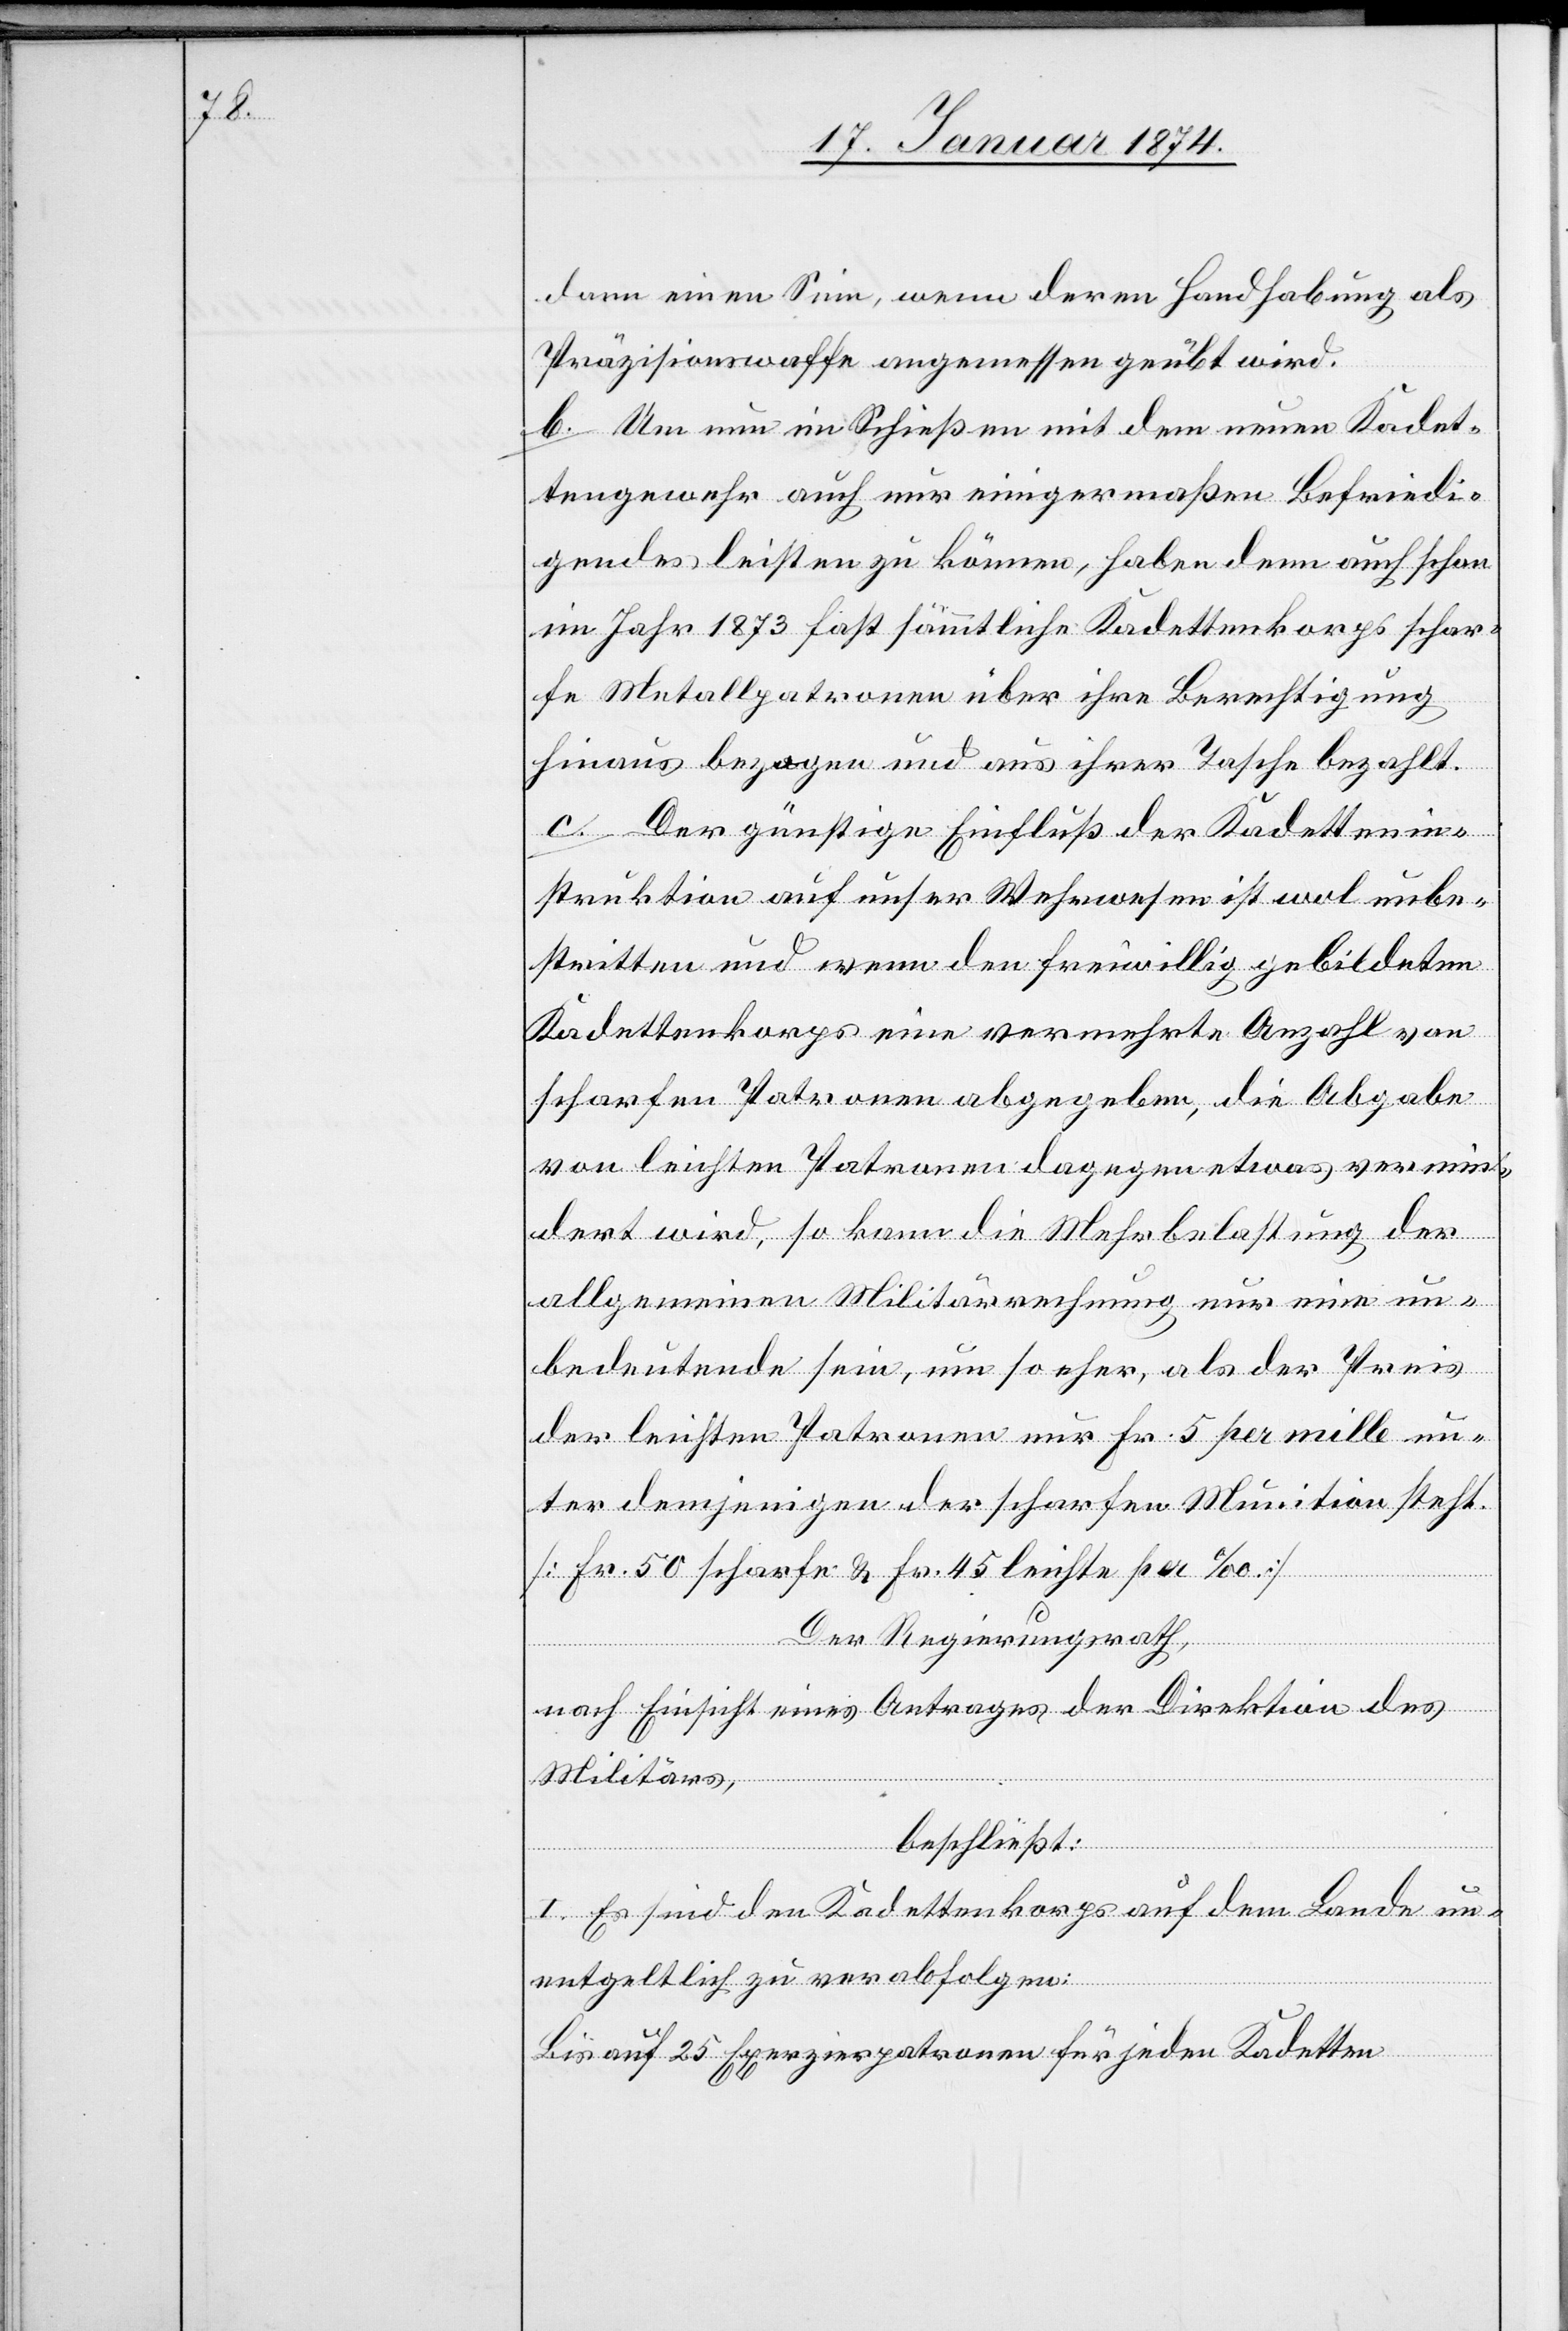
dann einen Sinn, wenn deren Handhabung als
Präzisionswaffen angemessen geübt wird.
b. Um nun im Schießen mit dem neuen Kadet¬
tengewehr auch nur einigermaßen Befriedi¬
gendes leisten zu können, haben denn auch schon
im Jahr 1873 fast sämmtliche Kadettenkorps schar¬
fe Metallpatronen über ihre Berechtigung
hinaus bezogen und aus ihrer Tasche bezahlt.
c. Der günstige Einfluß der Kadettenin¬
struktion auf unser Wehrwesen ist wol unbe¬
stritten und wenn den freiwillig gebildeten
Kadettenkorps eine vermehrte Anzahl von
scharfen Patronen abgegeben, die Abgabe
von leichten Patronen dagegen etwas vermin¬
dert wird , so kann die Mehrbelastung der
allgemeinen Militärrechnung nur eine un¬
bedeutende sein, um so sehr, als der Preis
der leichten Patronen nur Fr. 5 per mille un¬
ter demjenigen der scharfen Munition steht.
[Fr. 50 scharfe & Fr. 45 leichte per ‰]
Der Regierungsrath,
nach Einsicht eines Antrages der Direktion des
Militärs,
beschließt:
I. Es sind den Kadettenkorps auf dem Lande un¬
entgeltlich zu verabfolgen:
Bis auf 25 Exerzierspatronen für jeden Kadetten